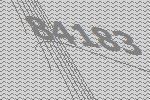
84183